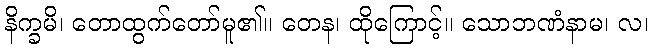
နိက္ခမိ၊ တောထွက်တော်မူ၏။ တေန၊ ထိုကြောင့်။ သောဘဏံနာမ၊ လ၊